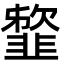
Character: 䪠